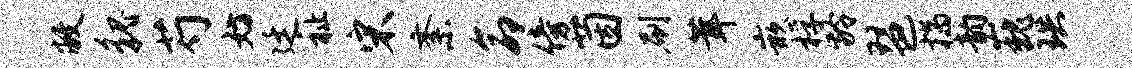
敝貌芍妨廷祉宋紊命傍茵刷茸嵌桴龄琶揣韵巍珙